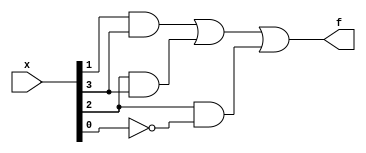
// This program was cloned from: https://github.com/viduraakalanka/HDL-Bits-Solutions
// License: The Unlicense

module top_module (
    input [4:1] x, 
    output f );
	
    assign f = (x[2]&x[4])|(x[3]&x[4])|(x[3]&~x[1]);
endmodule